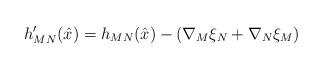
LaTeX: \begin{align*} h^\prime_{MN}(\hat{x}) = h_{MN}(\hat{x}) -\left( \nabla_M \xi_N + \nabla_N \xi_M\right)\end{align*}